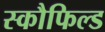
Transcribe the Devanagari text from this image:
स्कौफिल्ड